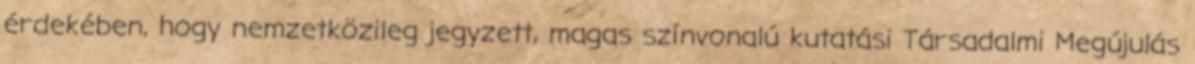
érdekében, hogy nemzetközileg jegyzett, magas színvonalú kutatási Társadalmi Megújulás